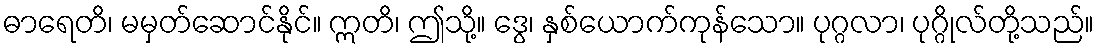
ဓာရေတိ၊ မမှတ်ဆောင်နိုင်။ ဣတိ၊ ဤသို့။ ဒွေ၊ နှစ်ယောက်ကုန်သော။ ပုဂ္ဂလာ၊ ပုဂ္ဂိုလ်တို့သည်။